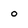
Character: 0